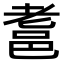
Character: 𨚻